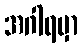
အဂါရမှာ